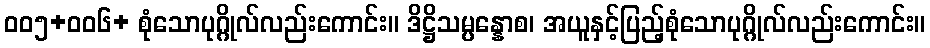
ဝဝ၅+ဝဝ၆+ စုံသောပုဂ္ဂိုလ်လည်းကောင်း။ ဒိဋ္ဌိသမ္ပန္နောစ၊ အယူနှင့်ပြည့်စုံသောပုဂ္ဂိုလ်လည်းကောင်း။